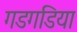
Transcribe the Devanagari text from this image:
गडगडिया